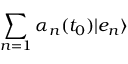
\sum _ { n = 1 } \alpha _ { n } ( t _ { 0 } ) | e _ { n } \rangle